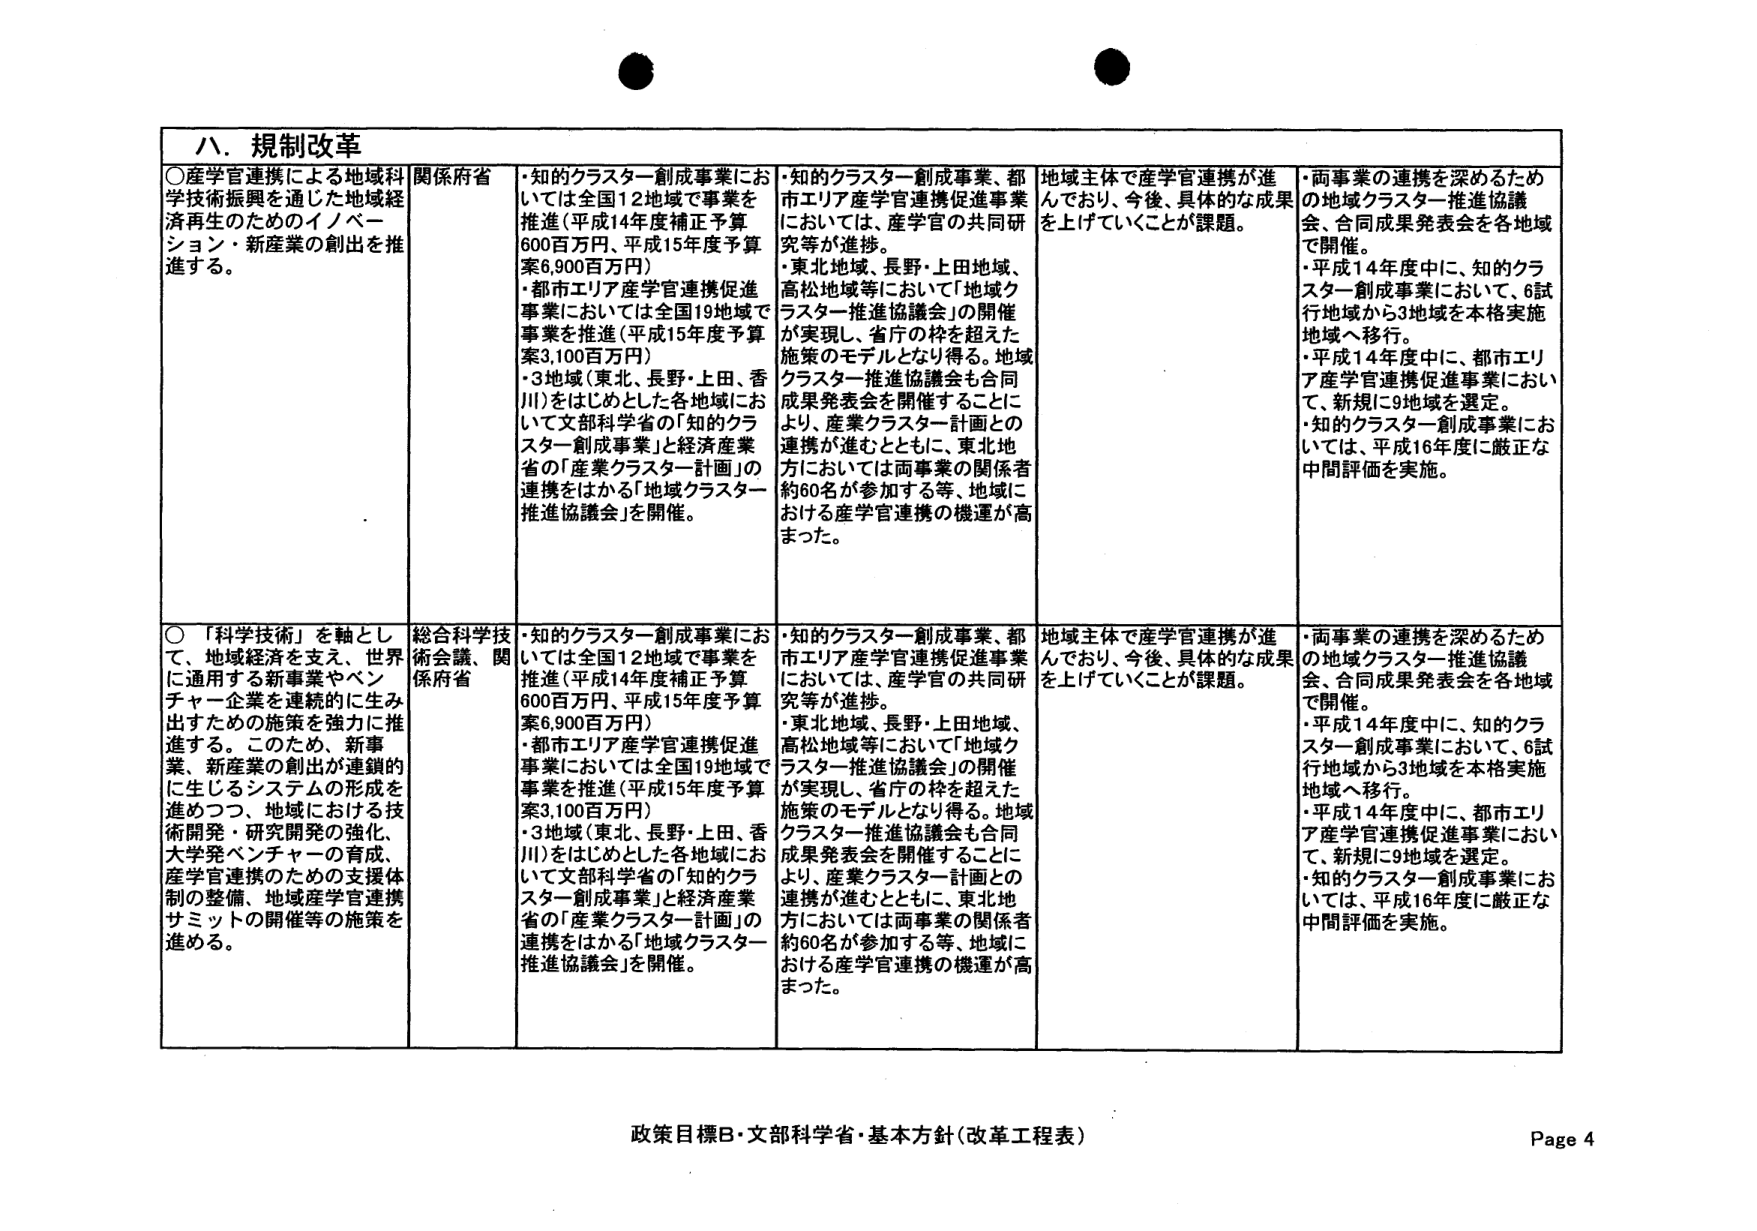
ハ．規制改革

○産学官連携による地域科学技術振興を通じた地域経済再生のためのイノベーション・新産業の創出を推進する。

関係府省

・知的クラスター創成事業においては全国12地域で事業を推進（平成14年度補正予算600百万円、平成15年度予算案6,900百万円）
・都市エリア産学官連携促進事業においては全国19地域で事業を推進（平成15年度予算案3,100百万円）
・3地域（東北、長野・上田、香川）をはじめとした各地域において文部科学省の「知的クラスター創成事業」と経済産業省の「産業クラスター計画」の連携をはかる「地域クラスター推進協議会」を開催。

・知的クラスター創成事業、都市エリア産学官連携促進事業においては、産学官の共同研究等が進捗。
・東北地域、長野・上田地域、高松地域等において「地域クラスター推進協議会」の開催が実現し、省庁の枠を超えた施策のモデルとなり得る。地域クラスター推進協議会も合同成果発表会を開催することにより、産業クラスター計画との連携が進むとともに、東北地方においては両事業の関係者約60名が参加する等、地域における産学官連携の機運が高まった。

地域主体で産学官連携が進んでおり、今後、具体的な成果を上げていくことが課題。

・両事業の連携を深めるための地域クラスター推進協議会、合同成果発表会を各地域で開催。
・平成14年度中に、知的クラスター創成事業において、6試行地域から3地域を本格実施地域へ移行。
・平成14年度中に、都市エリア産学官連携促進事業において、新規に9地域を選定。
・知的クラスター創成事業においては、平成16年度に厳正な中間評価を実施。

○「科学技術」を軸として、地域経済を支え、世界に通用する新事業やベンチャー企業を連続的に生み出すための施策を強力に推進する。このため、新事業、新産業の創出が連鎖的に生じるシステムの形成を進めつつ、地域における技術開発・研究開発の強化、大学発ベンチャーの育成、産学官連携のための支援体制の整備、地域産学官連携サミットの開催等の施策を進める。

総合科学技術会議、関係府省

・知的クラスター創成事業においては全国12地域で事業を推進（平成14年度補正予算600百万円、平成15年度予算案6,900百万円）
・都市エリア産学官連携促進事業においては全国19地域で事業を推進（平成15年度予算案3,100百万円）
・3地域（東北、長野・上田、香川）をはじめとした各地域において文部科学省の「知的クラスター創成事業」と経済産業省の「産業クラスター計画」の連携をはかる「地域クラスター推進協議会」を開催。

・知的クラスター創成事業、都市エリア産学官連携促進事業においては、産学官の共同研究等が進捗。
・東北地域、長野・上田地域、高松地域等において「地域クラスター推進協議会」の開催が実現し、省庁の枠を超えた施策のモデルとなり得る。地域クラスター推進協議会も合同成果発表会を開催することにより、産業クラスター計画との連携が進むとともに、東北地方においては両事業の関係者約60名が参加する等、地域における産学官連携の機運が高まった。

地域主体で産学官連携が進んでおり、今後、具体的な成果を上げていくことが課題。

・両事業の連携を深めるための地域クラスター推進協議会、合同成果発表会を各地域で開催。
・平成14年度中に、知的クラスター創成事業において、6試行地域から3地域を本格実施地域へ移行。
・平成14年度中に、都市エリア産学官連携促進事業において、新規に9地域を選定。
・知的クラスター創成事業においては、平成16年度に厳正な中間評価を実施。

政策目標B・文部科学省・基本方針（改革工程表）
Page 4